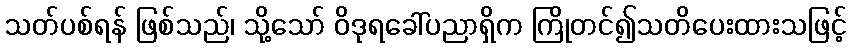
သတ်ပစ်ရန် ဖြစ်သည်၊ သို့သော် ဝိဒုရခေါ်ပညာရှိက ကြိုတင်၍သတိပေးထားသဖြင့်